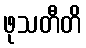
ဖုသတီတိ